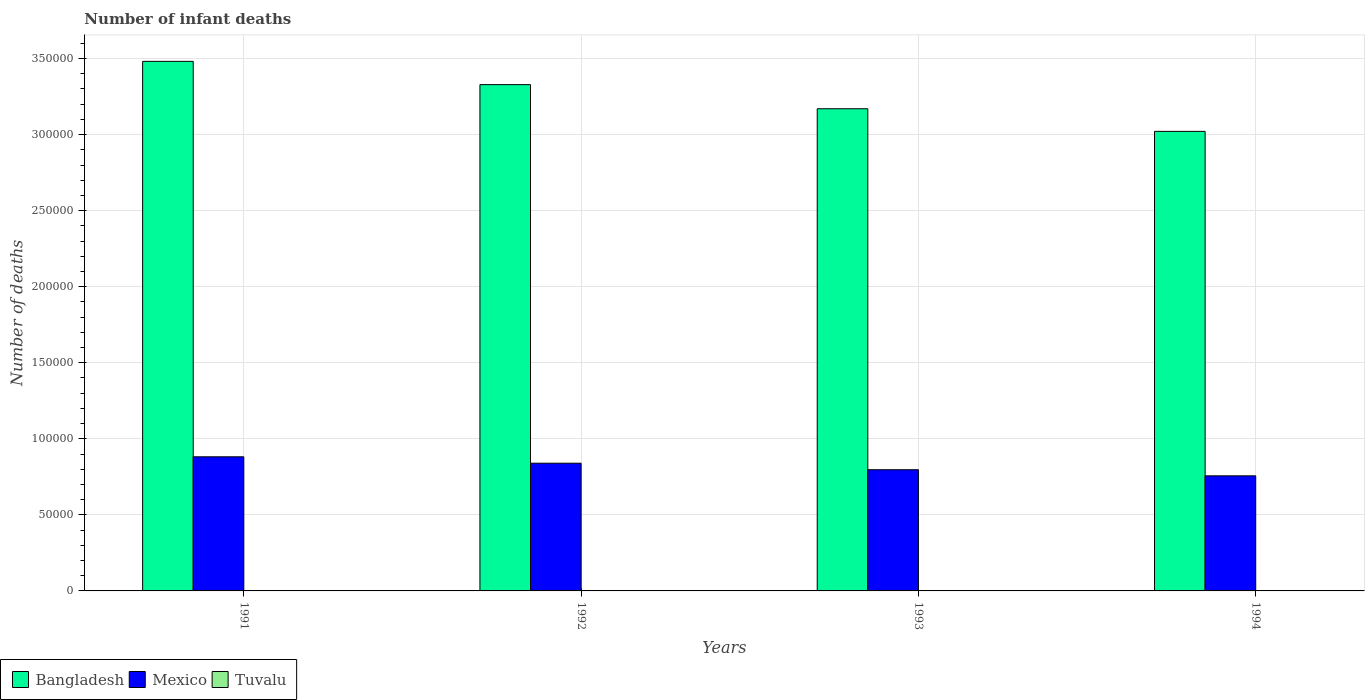
| Years | Bangladesh | Mexico | Tuvalu |
 | --- | --- | --- | --- |
 | 1991 | 3.48e+05 | 8.82e+04 | 11 |
 | 1992 | 3.33e+05 | 8.4e+04 | 10 |
 | 1993 | 3.17e+05 | 7.97e+04 | 10 |
 | 1994 | 3.02e+05 | 7.57e+04 | 9 |